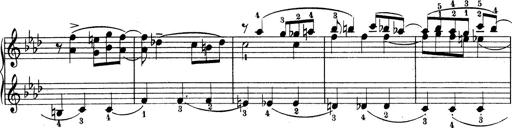
Title: Variationen Ã¼ber das Motiv von Bach
Composer: Franz Liszt